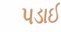
પડાઈ